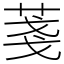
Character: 菚